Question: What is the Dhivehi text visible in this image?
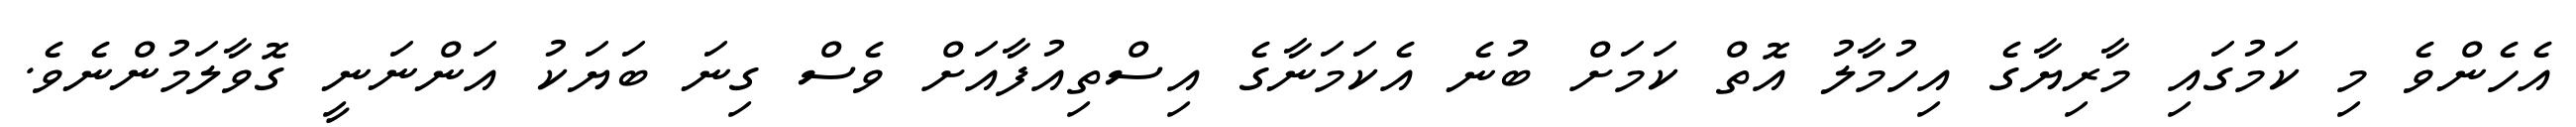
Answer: އެހެންވެ މި ކަމުގައި މާރިޔާގެ އިހުމާލު އޮތް ކަމަށް ބުނެ އެކަމަނާގެ އިސްތިއުފާއަށް ވެސް ގިނަ ބަޔަކު އަންނަނީ ގޮވާލަމުންނެވެ.